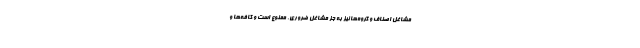
مشاغل اصناف و گروه‌ها نیز به جز مشاغل ضروری، ممنوع است و کافه‌ها و